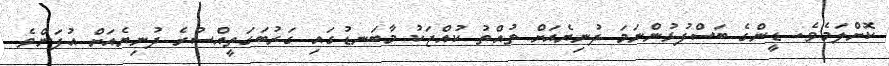
ކޮށްލަމެވެ. ޑީންގެ ބަސްފުޅުންނަމަ ދުނިޔެއަށް ތުއްތު ކުއްޖަކު މާބަނޑުގައި ގަރުބަގަތީއްސުރެ ދުނިޔެއަށް އުފަންވެ